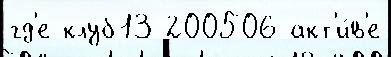
гд'е клуб13 200506 акт'и́в'е